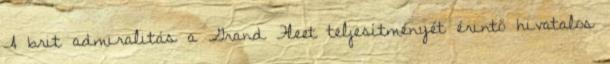
A brit admiralitás a Grand Fleet teljesítményét érintő hivatalos